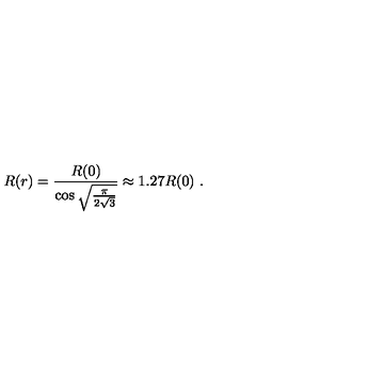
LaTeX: R ( r ) = { \frac { R ( 0 ) } { \cos \sqrt { \frac { \pi } { 2 \sqrt 3 } } } } \approx 1 . 2 7 R ( 0 ) \ .